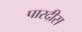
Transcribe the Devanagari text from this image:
पारदीस